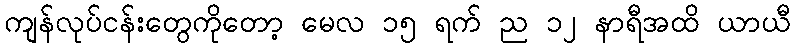
ကျန်လုပ်ငန်းတွေကိုတော့ မေလ ၁၅ ရက် ည ၁၂ နာရီအထိ ယာယီ